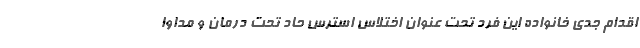
اقدام جدی خانواده این فرد تحت عنوان اختلاس استرس حاد تحت درمان و مداوا